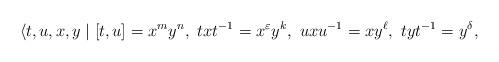
LaTeX: \begin{align*}\langle{t,u,x,y}\mid{[t,u]=x^my^n,~txt^{-1}=x^\varepsilon{y^k},~uxu^{-1}=xy^\ell,~tyt^{-1}=y^\delta,}\end{align*}